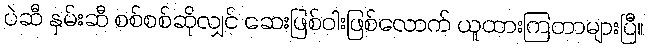
ပဲဆီ နှမ်းဆီ စစ်စစ်ဆိုလျှင် ဆေးဖြစ်ဝါးဖြစ်လောက် ယူထားကြတာများပြီ။